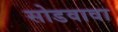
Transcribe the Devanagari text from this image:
सोडवावा